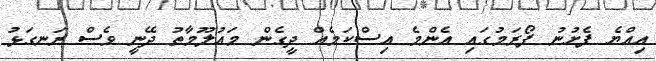
އިއްޔެ ފެށުނު ފޯރަމުގައި އެންމެ އިސްކަމެއް ދީގެން މައުލޫމާތު ދޭނީ ވެސް ރަނގަޅު